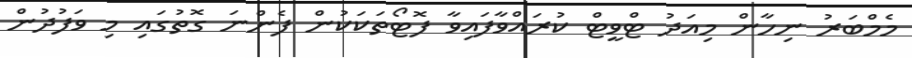
މެމްބަރު ނިހާން މިއަދު ޓްވީޓް ކުރައްވާފައިވާ ފޮޓޯތަކަކުން ފެންނަ ގޮތުގައި މި ވަފުދުން